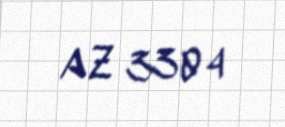
AZ 3304